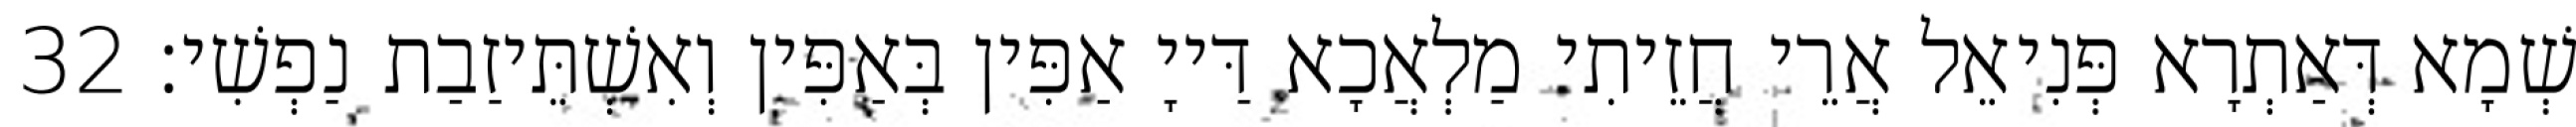
שְׁמָא דְּאַתְרָא פְּנִיאֵל אֲרֵי חֲזֵיתִי מַלְאֲכָא דַּייָ אַפִּין בְּאַפִּין וְאִשְׁתֵּיזַבַת נַפְשִׁי׃ 32